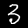
Digit: 3